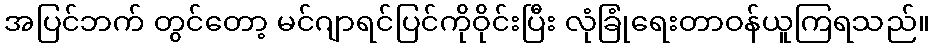
အပြင်ဘက် တွင်တော့ မင်ဂျာရင်ပြင်ကိုဝိုင်းပြီး လုံခြုံရေးတာဝန်ယူကြရသည်။